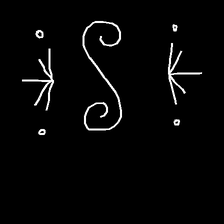
Glyph: aeroform